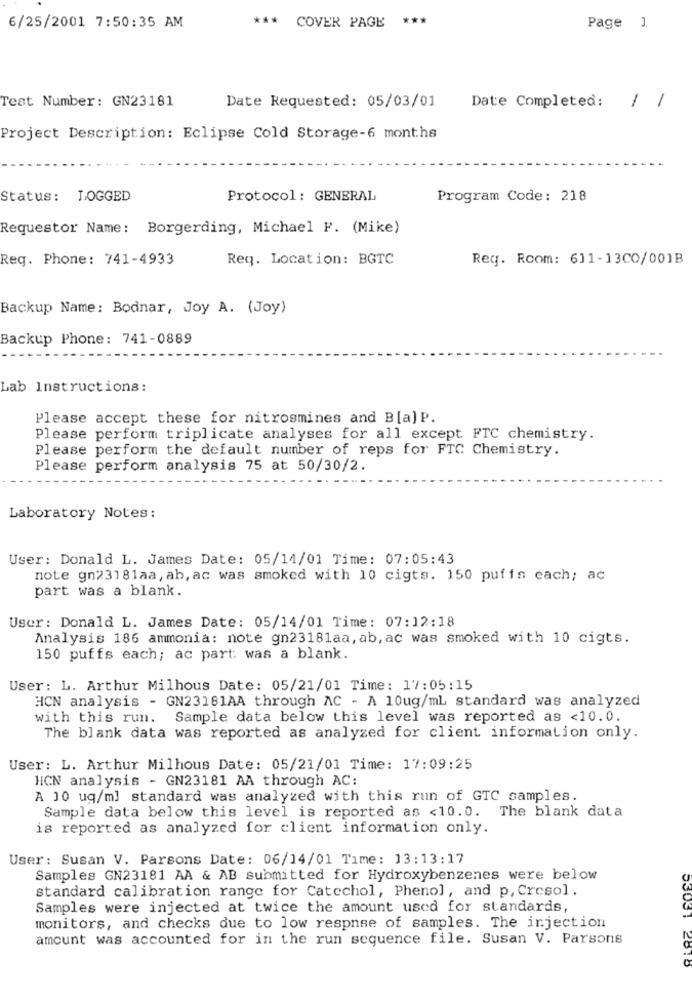
***
6/25/2001 7:50:35 AM
*** COVER PAGE
Page 1
Test Number: GN23181
Date Completed:
Date Requested: 05/03/01
/ /
Project Description: Eclipse Cold Storage-6 months
Status: LOGGED
Protocol : GENERAL
Program Code: 218
Requestor Name: Borgerding, Michael F. (Mike)
Req. Phone: 741-4933
Req. Location: BGTC
Req. Room: 611-13CO/001B
Backup Name: Bodnar, Joy A. (Joy)
Backup Phone: 741-0889
Lab Instructions:
Please accept these for nitrosmines and B[a]P.
Please perform triplicate analyses for all except FTC chemistry.
Please perform the default number of reps for FTC Chemistry.
Please perform analysis 75 at 50/30/2.
Laboratory Notes:
User: Donald L. James Date: 05/14/01 Time: 07:05:43
note gn23181aa, ab, ac was smoked with 10 cigts. 150 puffs each; ac
part was a blank.
User: Donald L. James Date: 05/14/01 Time: 07:12:18
Analysis 186 ammonia: note gn23181aa, ab, ac was smoked with 10 cigts.
150 puffs each; ac part was a blank.
User: L. Arthur Milhous Date: 05/21/01 Time: 17:05:15
HCN analysis - GN23181AA through AC - A 10ug/mL standard was analyzed
with this run.
Sample data below this level was reported as <10.0.
The blank data was reported as analyzed for client information only.
User: L. Arthur Milhous Date: 05/21/01 Time: 17:09:25
HCN analysis - GN23181 AA through AC:
A 10 uq/ml standard was analyzed with this run of GTC samples.
Sample data below this level is reported as <10.0. The blank data
is reported as analyzed for client information only.
User: Susan V. Parsons Date: 06/14/01 Time: 13:13:17
Samples GN23181 AA & AB submitted for Hydroxybenzenes were below
standard calibration range for Catechol, Phenol, and p, Cresol.
Samples were injected at twice the amount used for standards,
monitors, and checks due to low respnse of samples. The injection
amount was accounted for in the run sequence file. Susan V. Parsons